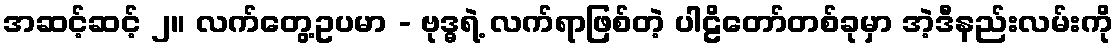
အဆင့်ဆင့် ၂။ လက်တွေ့ဥပမာ - ဗုဒ္ဓရဲ့ လက်ရာဖြစ်တဲ့ ပါဠိတော်တစ်ခုမှာ အဲ့ဒီနည်းလမ်းကို